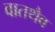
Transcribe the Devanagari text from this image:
वातथैव